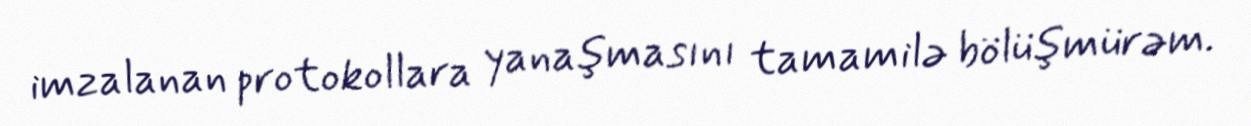
imzalanan protokollara yanaşmasını tamamilə bölüşmürəm.